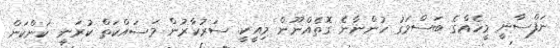
ނަފްސާނީ މީހެއްގެ ބަސްމަގު ހުންނާނެ ގޮތެއްނޫން މިއީކީ. ސަރުކާރުން މަސައްކަތް ކުރަނީ ކަންކަން